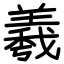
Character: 羲